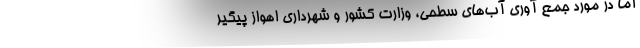
اما در مورد جمع آوری آب‌های سطحی، وزارت کشور و شهرداری اهواز پیگیر